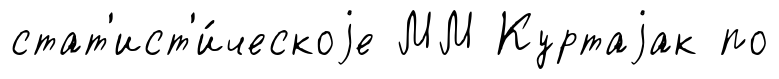
стат'ист'и́ческоjе ММ Куртаjак по